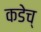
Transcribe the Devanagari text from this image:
कडेच्